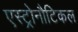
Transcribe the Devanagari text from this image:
एस्ट्रोनौटिकल